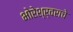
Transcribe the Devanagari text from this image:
भोरेश्र्वराचे